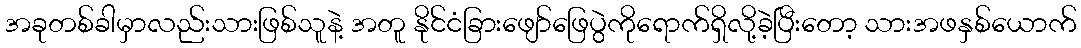
အခုတစ်ခါမှာလည်းသားဖြစ်သူနဲ့ အတူ နိုင်ငံခြားဖျော်ဖြေပွဲကိုရောက်ရှိလို့ခဲ့ပြီးတော့ သားအဖနှစ်ယောက်